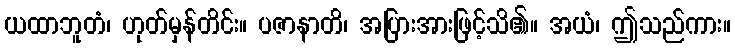
ယထာဘူတံ၊ ဟုတ်မှန်တိင်း။ ပဇာနာတိ၊ အပြားအားဖြင့်သိ၏။ အယံ၊ ဤသည်ကား။